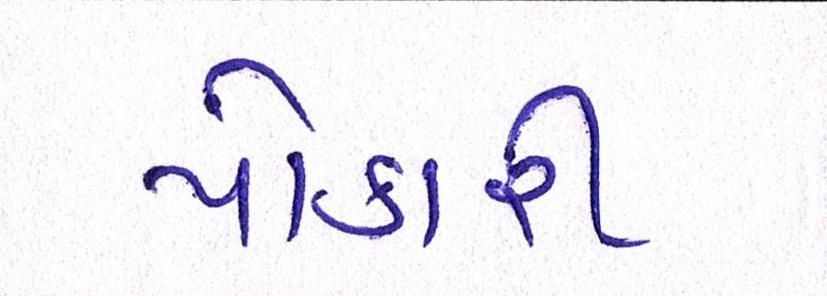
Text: પોકારી